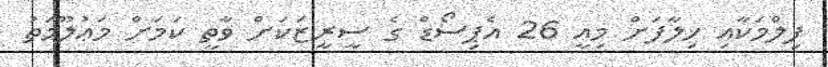
ފިލްމަކާއި ޚިލާފަށް މިއީ 26 އެޕިސޯޑް ގެ ސީރީޒަކަށް ވާތީ ކަމަށް މަޢުލޫމަތު